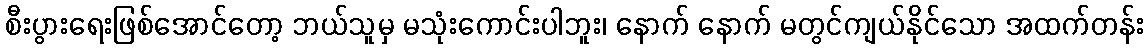
စီးပွားရေးဖြစ်အောင်တော့ ဘယ်သူမှ မသုံးကောင်းပါဘူး၊ နောက် နောက် မတွင်ကျယ်နိုင်သော အထက်တန်း